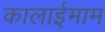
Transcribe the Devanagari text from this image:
कालाईमाम